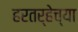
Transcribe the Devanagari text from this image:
हरतर्‍हेच्या